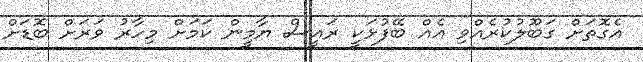
އެގޮތަށް ގަބޫލުކުރެއްވި އެއް ބޭފުޅަކީ ރައީސް ޔާމީން ކަމަށް މިހާރު ވަރަށް ބޮޑަށް